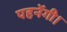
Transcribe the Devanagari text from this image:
पहनेंगी।